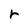
Character: r